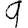
Digit: 9